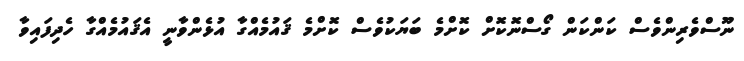
ނޫސްވެރިންވެސް ކަންކަން ގޯސްނޮކޮށް ކޮށްމެ ބަޔަކުވެސް ކޮށްމެ ޤައުމެއްގާ އުޅެންވާނީ އެޤައުމެއްގާ ހެދިފައިވާ